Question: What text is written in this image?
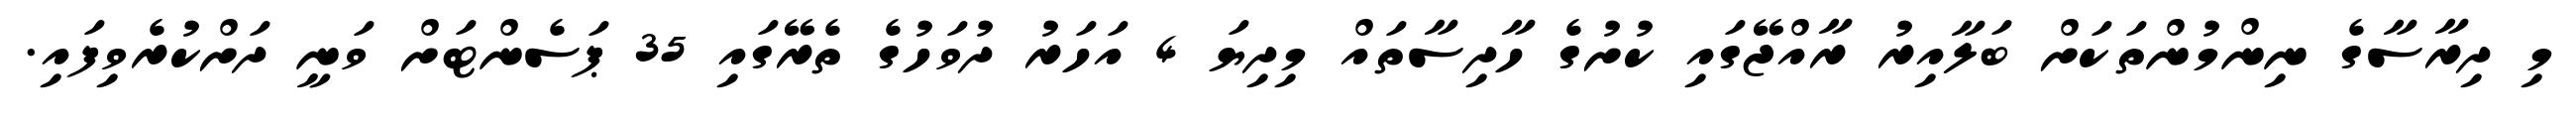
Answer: މި ދިރާސާގެ ނިންމުންތަކަށް ބަލާއިރު ރާއްޖޭގައި ކުށުގެ ހާދިސާތައް މިދިޔަ 4 އަހަރު ދުވަހުގެ ތެރޭގައި 35 ޕަސެންޓަށް ވަނީ ދަށްކުރެވިފައި.